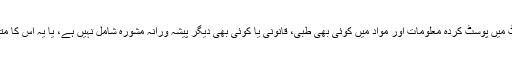
اس ویب سائٹ میں پوسٹ کردہ معلومات اور مواد میں کوئی بھی طبی، قانونی یا کوئی بھی دیگر پیشہ ورانہ مشورہ شامل نہیں ہے، یا یہ اس کا متبادل نہیں ہے۔